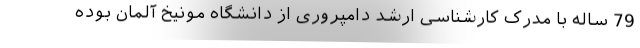
79 ساله با مدرک کارشناسی ارشد دامپروری از دانشگاه مونیخ آلمان بوده